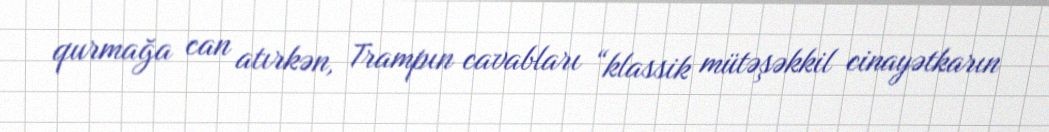
qurmağa can atırkən, Trampın cavabları “klassik mütəşəkkil cinayətkarın